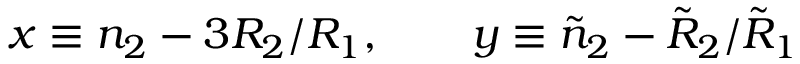
x \equiv n _ { 2 } - 3 R _ { 2 } / R _ { 1 } , \qquad y \equiv \tilde { n } _ { 2 } - \tilde { R } _ { 2 } / \tilde { R } _ { 1 }